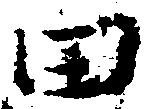
田